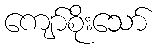
ကျော်စိုးသော်